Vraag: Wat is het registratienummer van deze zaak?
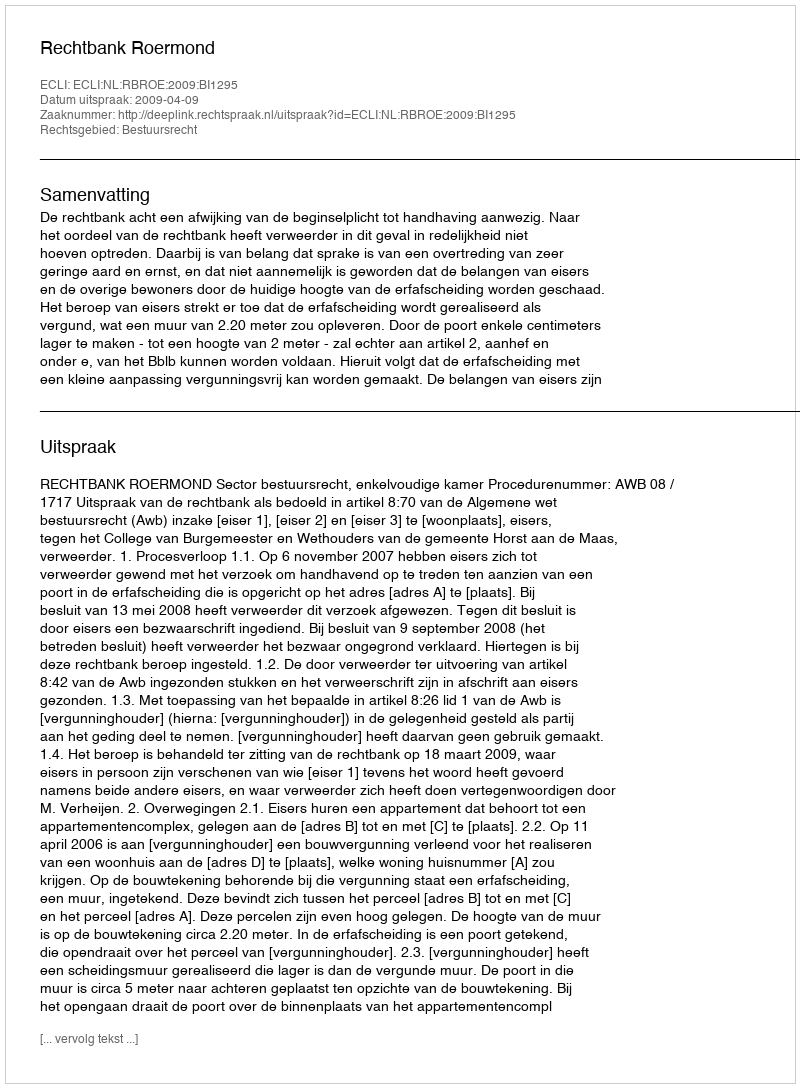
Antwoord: http://deeplink.rechtspraak.nl/uitspraak?id=ECLI:NL:RBROE:2009:BI1295